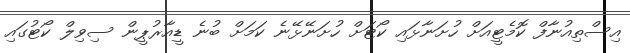
އިސްތިއުނާފް ކޮމެޓީއަށް ހުށަނާޅައި ކޯޓަށް ހުށަނޭޅޭނެ ކަމަށް ބުނެ ޑީއާރުޕީން ސިވިލް ކޯޓުގައި